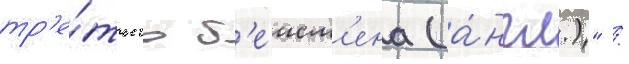
тр'е́тьего б'еисм'ена (а́нгл.)" /